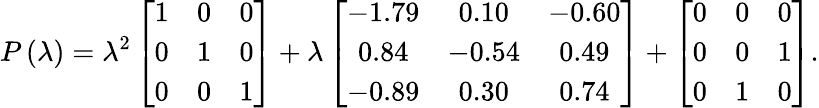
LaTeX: P\left(\lambda\right)=\lambda^{2}\left[\begin{array}{ccc}{1}&{0}&{0}\\ {0}&{1}&{0}\\ {0}&{0}&{1}\end{array}\right]+\lambda\left[\begin{array}{ccc}{-1.79}&{0.10}&{-0.60}\\ {0.84}&{-0.54}&{0.49}\\ {-0.89}&{0.30}&{0.74}\end{array}\right]+\left[\begin{array}{ccc}{0}&{0}&{0}\\ {0}&{0}&{1}\\ {0}&{1}&{0}\end{array}\right].